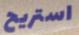
استريح